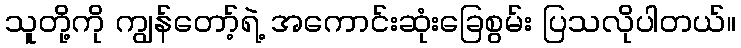
သူတို့ကို ကျွန်တော့်ရဲ့ အကောင်းဆုံးခြေစွမ်း ပြသလိုပါတယ်။